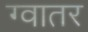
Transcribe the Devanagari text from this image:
ग्वातर